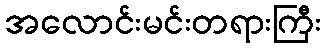
အလောင်းမင်းတရားကြီး